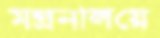
মন্ত্রনালয়ে